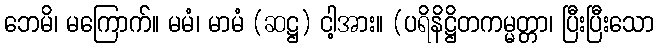
ဘေမိ၊ မကြောက်။ မမံ၊ မာမံ (ဆဋ္ဌ) ငါ့အား။ (ပရိနိဋ္ဌိတကမ္မတ္တာ၊ ပြီးပြီးသော